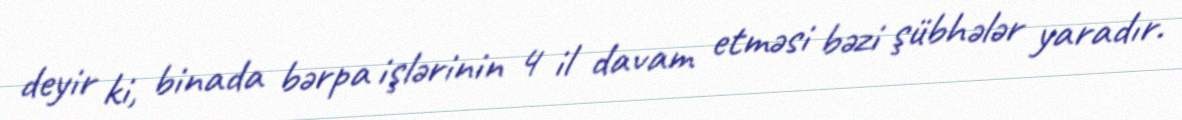
deyir ki, binada bərpa işlərinin 4 il davam etməsi bəzi şübhələr yaradır.